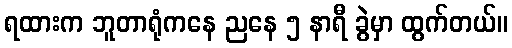
ရထားက ဘူတာရုံကနေ ညနေ ၅ နာရီ ခွဲမှာ ထွက်တယ်။